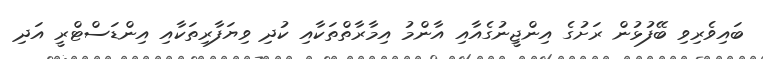
ބައިވެރިވި ބޭފުޅުން ރަށުގެ އިންޖީނުގެއާއި އާންމު އިމާރާތްތަކާއި ކުދި ވިޔަފާރިތަކާއި އިންޑަސްޓްރީ އަދި